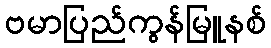
ဗမာပြည်ကွန်မြူနစ်